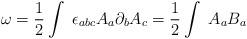
LaTeX: \begin{align*}{\omega} = \frac{1}{2}\int \ {\epsilon}_{abc}A_a\partial_bA_c = \frac{1}{2} \int \ A_aB_a\end{align*}